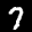
Label: 7